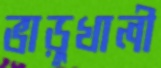
ভাড়ুখালী